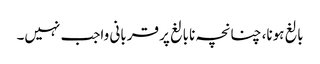
بالغ ہونا، چنانچہ نابالغ پر قربانی واجب نہیں۔